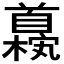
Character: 𫗹